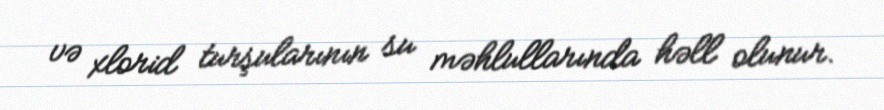
və xlorid turşularının su məhlullarında həll olunur.